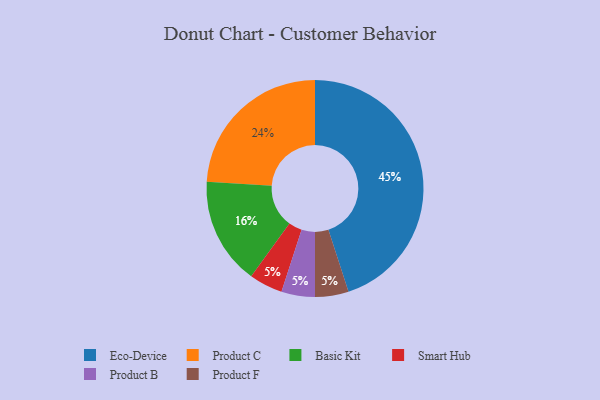
{"axis": {"x": "Category", "y": "Percentage"}, "legend": ["Basic Kit", "Eco-Device", "Product B", "Product C", "Product F", "Smart Hub"], "data": [{"x": "Basic Kit", "y": 16, "type": "Basic Kit"}, {"x": "Eco-Device", "y": 45, "type": "Eco-Device"}, {"x": "Smart Hub", "y": 5, "type": "Smart Hub"}, {"x": "Product B", "y": 5, "type": "Product B"}, {"x": "Product F", "y": 5, "type": "Product F"}, {"x": "Product C", "y": 24, "type": "Product C"}]}